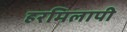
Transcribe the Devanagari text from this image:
हरमिलापी